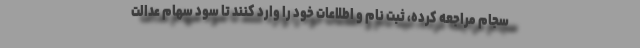
سجام مراجعه کرده، ثبت نام و اطلاعات خود را وارد کنند تا سود سهام عدالت